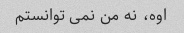
اوه، نه من نمی توانستم